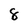
Character: 8